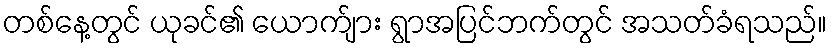
တစ်နေ့တွင် ယုခင်၏ ယောက်ျား ရွာအပြင်ဘက်တွင် အသတ်ခံရသည်။